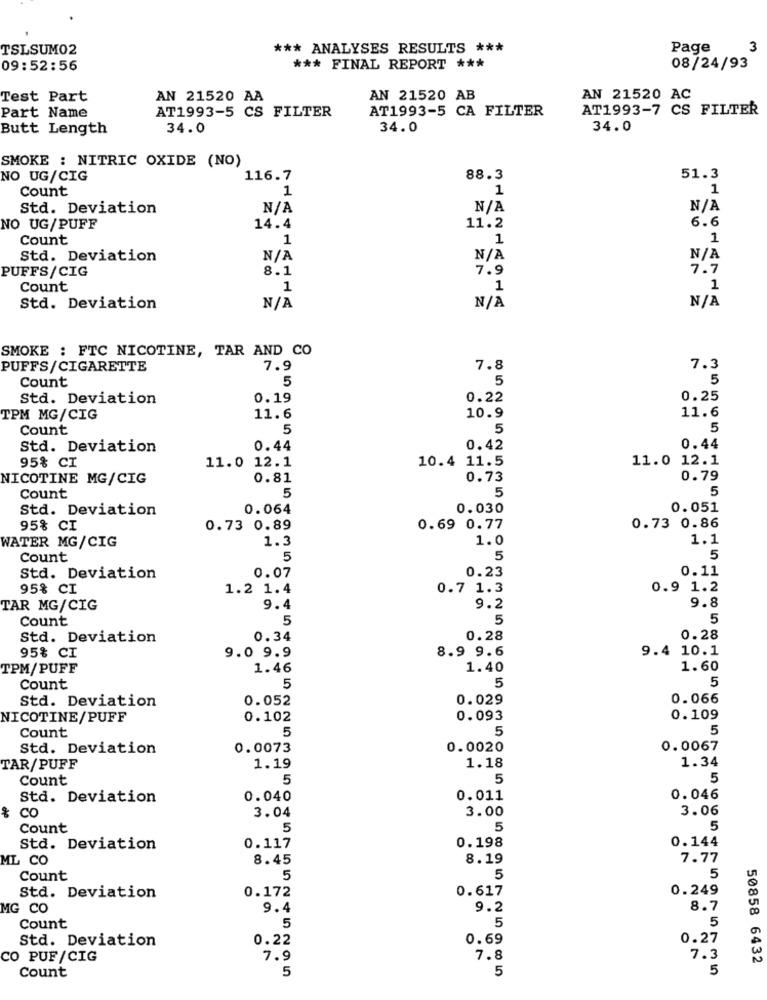
TSLSUM02
*** ANALYSES RESULTS ***
Page
3
09:52:56
*** FINAL REPORT ***
08/24/93
Test Part
AN 21520 AA
AN 21520 AB
AN 21520 AC
AT1993-5 CS FILTER
AT1993-5 CA FILTER
AT1993-7 CS FILTER
Part Name
Butt Length
34.0
34.0
34.0
SMOKE : NITRIC OXIDE (NO)
NO UG/CIG
116.7
88.3
51.3
Count
1
1
1
Std. Deviation
NO UG/PUFF
14.4
11.2
6.6
Count
1
1
1
Std. Deviation
PUFFS/CIG
8.1
7.9
7.7
Count
1
1
1
Std. Deviation
SMOKE : FTC NICOTINE, TAR AND CO
PUFFS/CIGARETTE
7.9
7.8
7.3
Count
5
5
5
Std. Deviation
0.19
0.22
0.25
TPM MG/CIG
11.6
10.9
11.6
Count
5
5
5
Std. Deviation
0.44
0.42
0.44
95% CI
11.0 12.1
10.4 11.5
11.0 12.1
NICOTINE MG/CIG
0.81
0.73
0.79
5
5
5
Count
Std. Deviation
0.064
0.030
0.051
95% CI
0.73 0.89
0.69 0.77
0.73 0.86
1.3
1.0
1.1
WATER MG/CIG
Count
5
5
5
0.23
0.11
Std. Deviation
0.07
95% CI
1.2 1.4
0.7 1.3
0.9 1.2
TAR MG/CIG
9.4
9.2
9.8
Count
5
5
5
Std. Deviation
0.34
0.28
0.28
95% CI
8.9 9.6
9.4 10.1
9.0 9.9
TPM/PUFF
1.46
1.40
1.60
5
Count
5
5
Std. Deviation
0.052
0.029
0.066
NICOTINE/PUFF
0.102
0.093
0.109
Count
5
5
5
Std. Deviation
0.0073
0.0020
0.0067
TAR/PUFF
1.19
1.18
1.34
Count
5
5
5
Std. Deviation
0.040
0.011
0.046
& CO
3.00
3.06
3.04
Count
5
5
5
0.144
Std. Deviation
0.117
0.198
ML CO
8.45
8.19
7.77
Count
5
5
5
0.172
0.617
0.249
Std. Deviation
MG CO
9.4
9.2
8.7
5
5
Count
5
Std. Deviation
0.22
0.69
0.27
CO PUF/CIG
7.9
7.8
7.3
50858 6432
5
5
5
Count